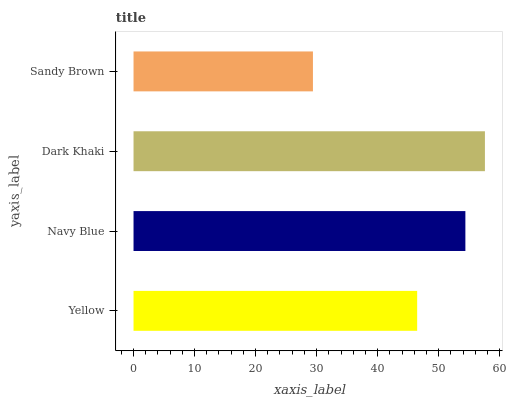
| yaxis_label | bars |
 | --- | --- |
 | Yellow | 46.5 |
 | Navy Blue | 54.4 |
 | Dark Khaki | 57.6 |
 | Sandy Brown | 29.4 |